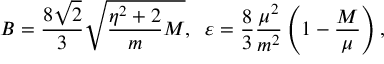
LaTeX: B = \frac { 8 \sqrt { 2 } } { 3 } \sqrt { \frac { \eta ^ { 2 } + 2 } { m } M } , \; \; \varepsilon = \frac { 8 } { 3 } \frac { \mu ^ { 2 } } { m ^ { 2 } } \left( 1 - \frac { M } { \mu } \right) ,